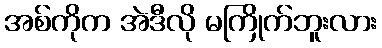
အစ်ကိုက အဲဒီလို မကြိုက်ဘူးလား